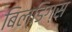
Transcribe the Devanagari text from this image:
बिल्डिग्स